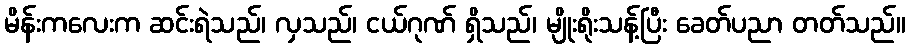
မိန်းကလေးက ဆင်းရဲသည်၊ လှသည်၊ ငယ်ဂုဏ် ရှိသည်၊ မျိုးရိုးသန့်ပြီး ခေတ်ပညာ တတ်သည်။